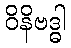
ဝိနိဗဒ္ဓါ